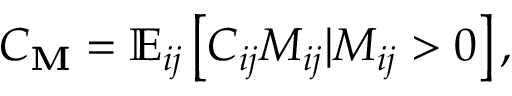
C _ { \mathbf { M } } = \mathbb { E } _ { i j } \left[ C _ { i j } M _ { i j } \vert M _ { i j } > 0 \right] ,